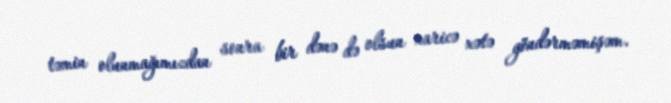
təmin olunmağımızdan sonra bir dənə də olsun xaricə xətə göndərməmişəm.